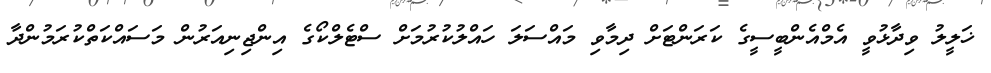
ޚަލީލު ވިދާޅުވީ އެމްއެންބީސީގެ ކަރަންޓަށް ދިމާވި މައްސަލަ ހައްލުކުރުމަށް ސްޓެލްކޯގެ އިންޖިނިއަރުން މަސައްކަތްކުރަމުންދާ